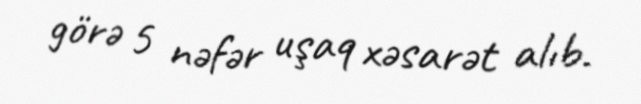
görə 5 nəfər uşaq xəsarət alıb.